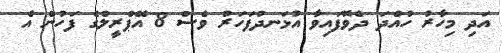
އަދި މިހާރު ހުއްދަ ދެވޮފައިވާ އުޅަނދުފަހަރު ވެސް 8 އޭޕްރީލްގެ ފަހުން އެ